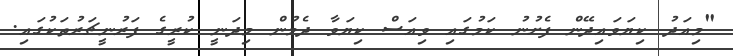
"މިއަދު ކިޔަވައިދޭން ފެށުނު ކަމުގައި ވިއަސް ކިޔަވާ ދެމުން މިދަނީ ކުރީގެ ފަރުނީޗަރުތަކުގައި.